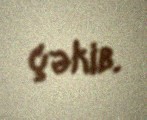
çəkib.